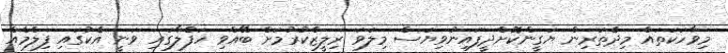
މިވާހަކަތައް މިދެތަރިން ޔަގީންކޮށްދީފައިނުވިޔަސް މިލަވަ ރިލީޒްކުރުމަށް ބޭއްވި ހަފްލާގައި ވަނީ އެކުގައި ފިލްމެއް